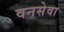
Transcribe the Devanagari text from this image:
वनसेवा